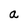
Character: a